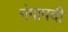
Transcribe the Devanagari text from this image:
गंगापदी